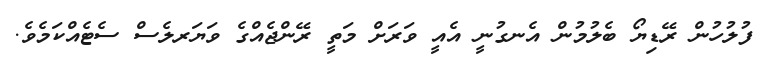
ފުލުހުން ރޭޑިޔޯ ބެލުމުން އެނގުނީ އެއީ ވަރަށް މަތީ ރޭންޖެއްގެ ވަޔަރލެސް ސެޓެއްކަމެވެ.